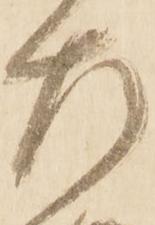
左